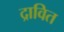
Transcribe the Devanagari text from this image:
द्रावित